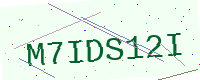
Text: M7IDS12I